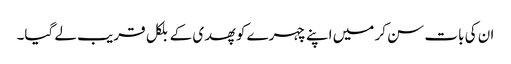
ان کی بات سن کر میں اپنے چہرے کو پھدی کے بلکل قریب لے گیا۔